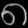
Digit: ၈